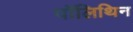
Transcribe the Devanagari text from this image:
पॉलिथिन